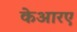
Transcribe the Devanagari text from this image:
केआरए